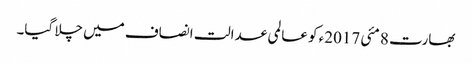
بھارت 8 مئی 2017ء کو عالمی عدالت انصاف میں چلا گیا۔